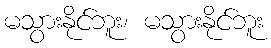
မသွားနိုင်ဘူး၊ မသွားနိုင်ဘူး